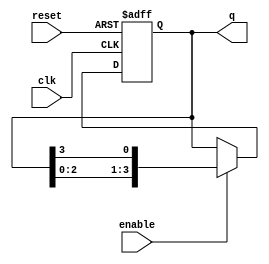
module ring_counter (
    input wire clk,          // Clock input
    input wire reset,        // Reset input
    input wire enable,       // Enable input
    output reg [N-1:0] q     // Output of the ring counter (N stages)
);
    parameter N = 4;         // Number of stages (flip-flops)

    // Initial state of the ring counter
    initial begin
        q = 1'b1;            // Start with the first flip-flop set to '1'
    end

    always @(posedge clk or posedge reset) begin
        if (reset) begin
            q <= 1'b1;       // Reset to initial state
        end else if (enable) begin
            // Shift the '1' to the next flip-flop
            q <= {q[N-2:0], q[N-1]}; // Shift left and wrap around
        end
    end
endmodule